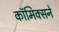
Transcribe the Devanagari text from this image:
कॉमिक्सने